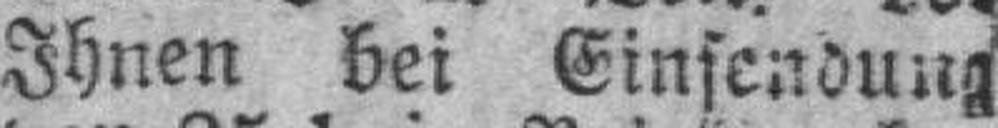
Ihnen bei Einsendung